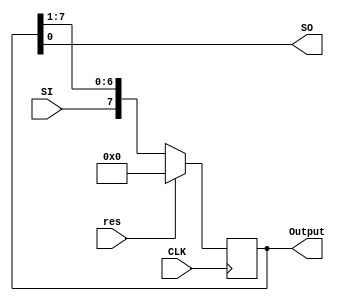
`timescale 1ns/1ns

module ShiftRegisterDFFAS (input SI, res, CLK, output reg [7:0] Output, output SO);
    always @(posedge CLK) begin
        if(res) Output <= 8'b0;
        else Output <= {SI, Output[7:1]};
    end
    assign SO = Output[0];
endmodule